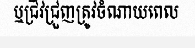
ឬជ្រីវជ្រួញត្រូវចំណាយពេល